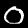
Digit: 0